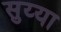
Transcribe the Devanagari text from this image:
सुय्या